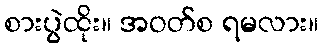
စားပွဲထိုး။ အဝတ်စ ရမလား။